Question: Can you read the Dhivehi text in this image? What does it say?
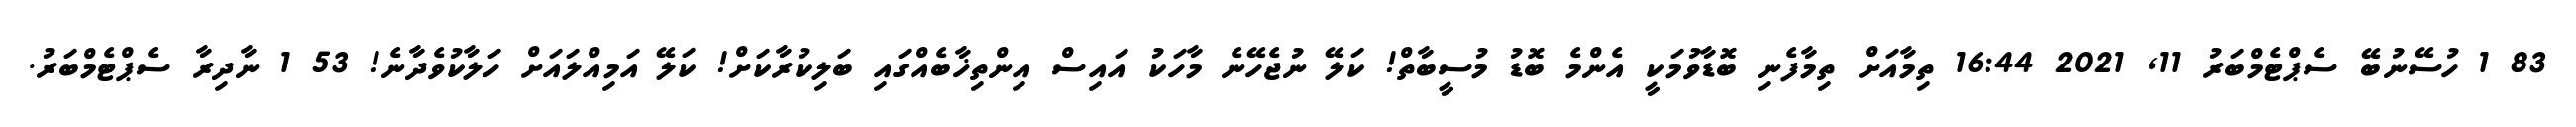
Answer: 83 1 ހުސޭނުބޭ ސެޕްޓެމްބަރު 11, 2021 16:44 ތިމާއަށް ތިމާފެނި ބޮޑާވުމަކީ އެންމެ ބޮޑު މުސީބާތް! ކަލޭ ނުޖެހޭނެ މާހަކު އައިސް އިންތިޚާބެއްގައި ބަލިކުރާކަށް! ކަލޭ އަމިއްލައަށް ހަލާކުވެދާނެ! 53 1 ނާދިރާ ސެޕްޓެމްބަރު.